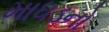
માધડનો